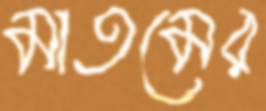
মাতমের